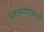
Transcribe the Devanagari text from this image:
महासंगणकाशी